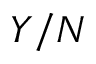
Y / N